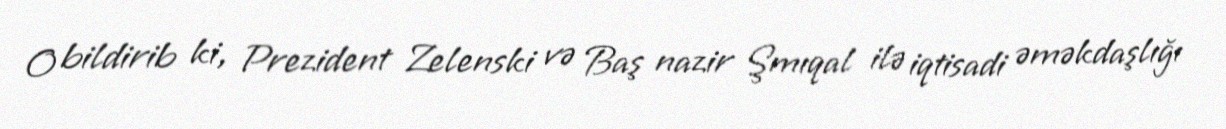
O bildirib ki, Prezident Zelenski və Baş nazir Şmıqal ilə iqtisadi əməkdaşlığı